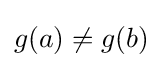
g(a)\neq g(b)